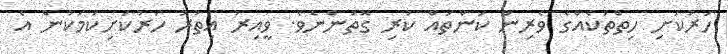
ހަރުކަށި ހިތްތަކެއްގެ ވެރިން ކަންތައް ކުރި ގޮތުންނެވެ. ވީއިރު އިތުރު ހަރުކަށިކަމަކުން އެ